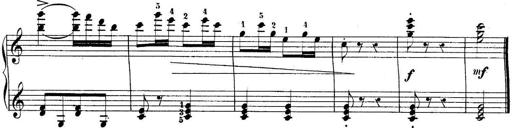
Title: 10 Sonatines progressives
Composer: Anton Schmoll